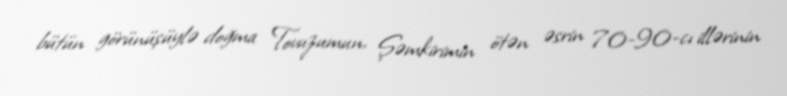
bütün görünüşüylə doğma Tovuzumun, Şəmkirimin ötən əsrin 70-90-cı illərinin